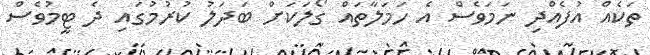
ތަކެއް އުފެއްދި ނަމަވެސް އެ ހަމަލާތައް ގޯލަކަށް ބަދަލު ކުރުމުގައި ދެ ޓީމުވެސް